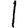
Digit: 1